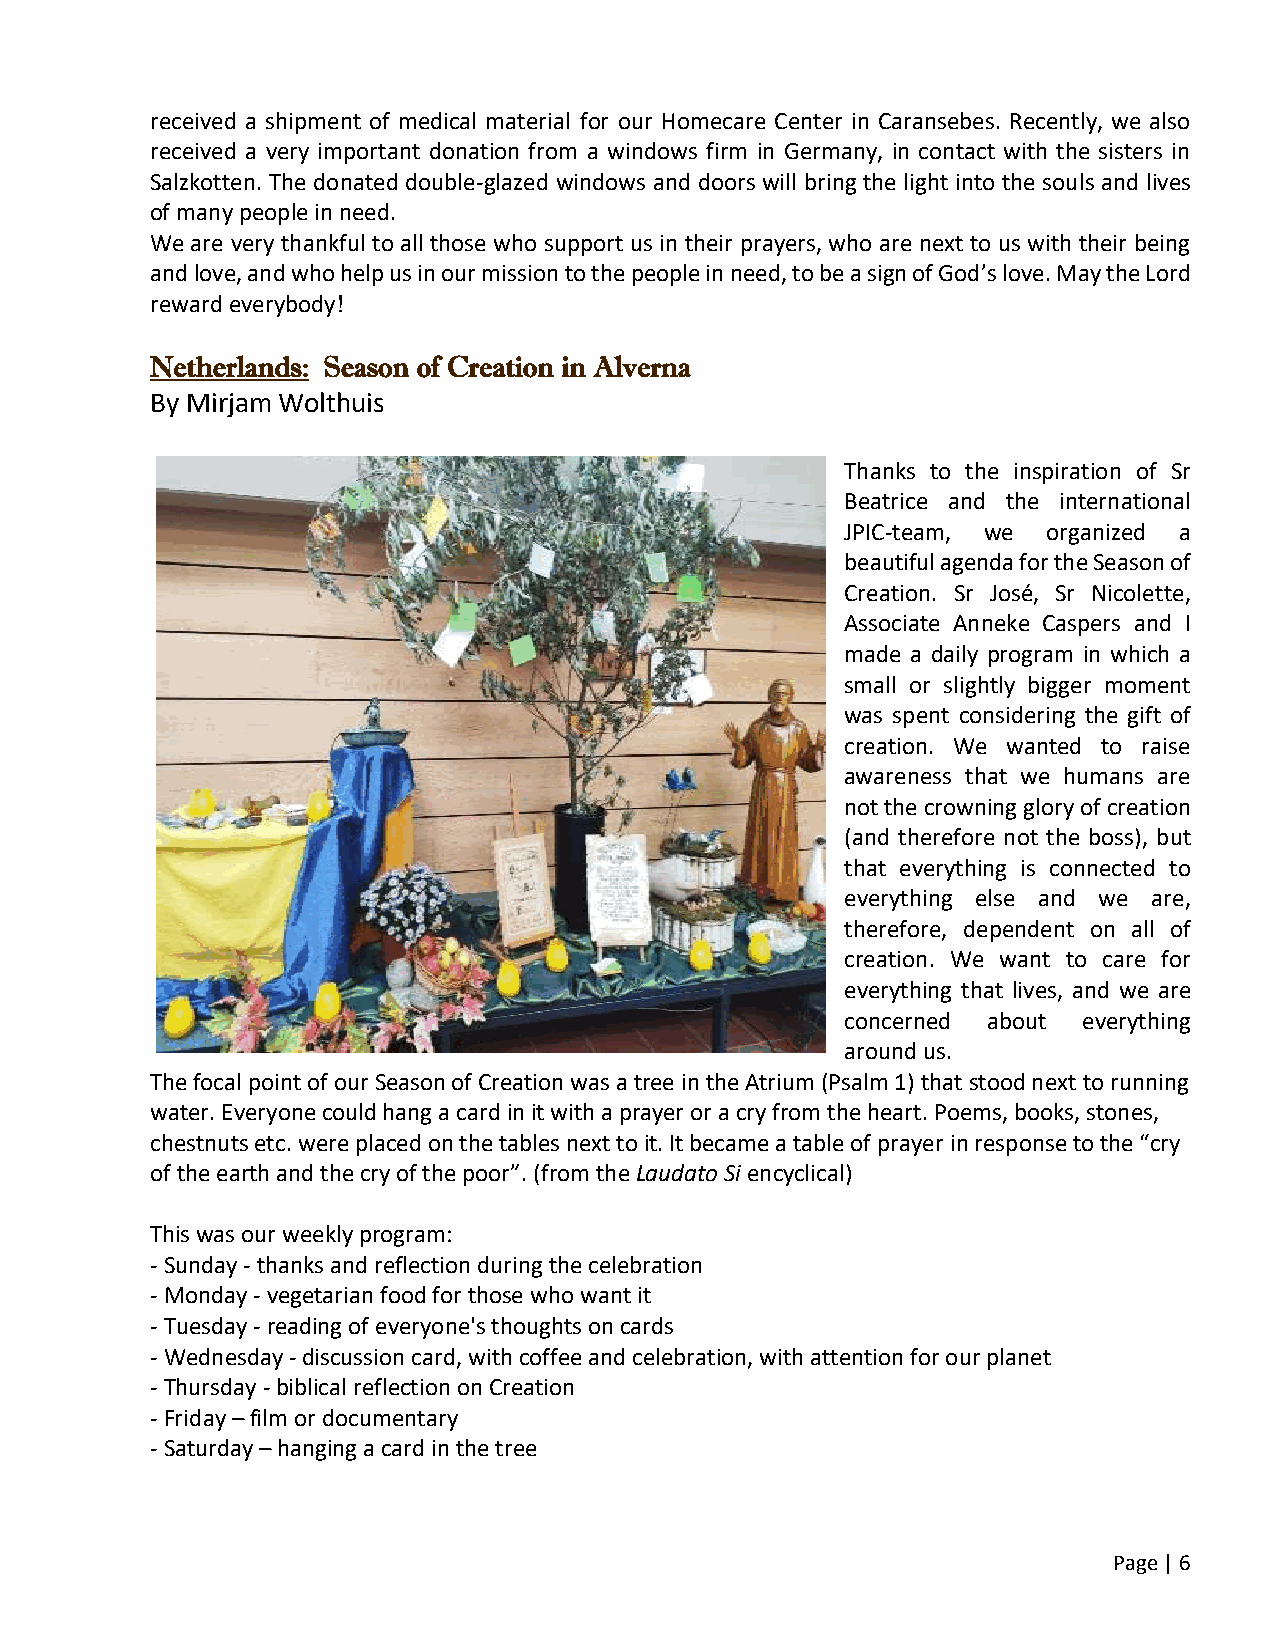
received a shipment of medical material for our Homecare Center in Caransebes. Recently, we also
 received a very important donation from a windows firm in Germany, in contact with the sisters in
 Salzkotten. The donated double-glazed windows and doors will bring the light into the souls and lives
 of many people in need.
 We are very thankful to all those who support us in their prayers, who are next to us with their being
 and love, and who help us in our mission to the people in need, to be a sign of God’s love. May the Lord
 reward everybody!
 Netherlands: Season of Creation in Alverna
 By Mirjam Wolthuis
 Thanks to the inspiration of Sr
 Beatrice and the international
 JPIC-team, we organized a
 beautiful agenda for the Season of
 Creation. Sr José, Sr Nicolette,
 Associate Anneke Caspers and I
 made a daily program in which a
 small or slightly bigger moment
 was spent considering the gift of
 creation. We wanted to raise
 awareness that we humans are
 not the crowning glory of creation
 (and therefore not the boss), but
 that everything is connected to
 everything else and we are,
 therefore, dependent on all of
 creation. We want to care for
 everything that lives, and we are
 concerned about everything
 around us.
 The focal point of our Season of Creation was a tree in the Atrium (Psalm 1) that stood next to running
 water. Everyone could hang a card in it with a prayer or a cry from the heart. Poems, books, stones,
 chestnuts etc. were placed on the tables next to it. It became a table of prayer in response to the “cry
 of the earth and the cry of the poor”. (from the Laudato Si encyclical)
 This was our weekly program:
 - Sunday - thanks and reflection during the celebration
 - Monday - vegetarian food for those who want it
 - Tuesday - reading of everyone's thoughts on cards
 - Wednesday - discussion card, with coffee and celebration, with attention for our planet
 - Thursday - biblical reflection on Creation
 - Friday – film or documentary
 - Saturday – hanging a card in the tree
 Page | 6